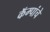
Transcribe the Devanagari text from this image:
कॅम्पांचे